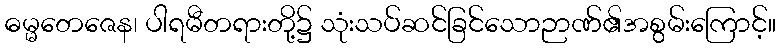
ဓမ္မတေဇေန၊ ပါရမီတရားတို့၌ သုံးသပ်ဆင်ခြင်သောဉာဏ်၏အစွမ်းကြောင့်။